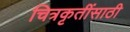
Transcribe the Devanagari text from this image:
चित्रकृतींसाठी